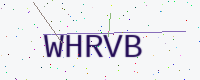
Text: WHRVB